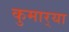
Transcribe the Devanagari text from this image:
कुमार्‍या